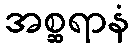
အစ္ဆရာနံ